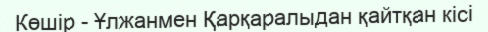
Көшір - Ұлжанмен Қарқаралыдан қайтқан кісі